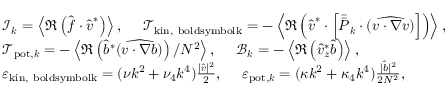
\begin{array} { r l } & { \mathcal { I } _ { \boldsymbol { k } } = \left\langle \Re \left( \hat { \boldsymbol { f } } \cdot \hat { \boldsymbol { v } } ^ { * } \right) \right\rangle , ~ ~ ~ ~ \mathcal { T } _ { \mathrm { k i n , \ b o l d s y m b o l { k } } } = - \left\langle \Re \left( \hat { \boldsymbol { v } } ^ { * } \cdot \left[ \bar { \bar { P } } _ { \boldsymbol { k } } \cdot ( \widehat { \boldsymbol { v } \cdot \boldsymbol { \nabla } \boldsymbol { v } } ) \right] \right) \right\rangle , } \\ & { \mathcal { T } _ { \mathrm { p o t } , \boldsymbol { k } } = - \left\langle \Re \left( \hat { b } ^ { * } ( \widehat { \boldsymbol { v } \cdot \boldsymbol { \nabla } b } ) \right) / N ^ { 2 } \right\rangle , ~ ~ ~ ~ \mathcal { B } _ { \boldsymbol { k } } = - \left\langle \Re \left( \hat { v } _ { z } ^ { * } \hat { b } \right) \right\rangle , } \\ & { \varepsilon _ { \mathrm { k i n , \ b o l d s y m b o l { k } } } = ( \nu k ^ { 2 } + \nu _ { 4 } k ^ { 4 } ) \frac { | \hat { \boldsymbol { v } } | ^ { 2 } } { 2 } , ~ ~ ~ ~ \varepsilon _ { \mathrm { p o t } , \boldsymbol { k } } = ( \kappa k ^ { 2 } + \kappa _ { 4 } k ^ { 4 } ) \frac { | \hat { b } | ^ { 2 } } { 2 N ^ { 2 } } , } \end{array}